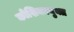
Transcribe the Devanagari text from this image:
कोशिकायुक्त